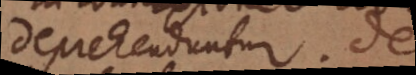
deprehenduntur. De